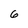
Character: 6